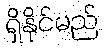
ရှိနိုင်မည်